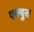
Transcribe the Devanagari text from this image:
एक्युस